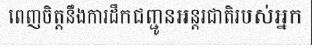
ពេញចិត្តនឹងការដឹកជញ្ជូនអន្តរជាតិរបស់អ្នក